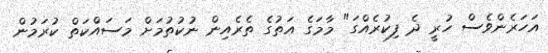
އަހަރެންވެސް ހުރީ ދެ ފިކުރެއްގަ" މާމަގެ އަތުގެ ތެރެއިން ނުކުތުމަށް މަސައްކަތް ކުރަމުން